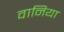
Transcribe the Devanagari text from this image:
वानिया